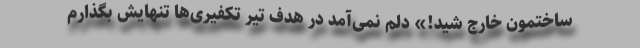
ساختمون خارج شید!» دلم نمی‌آمد در هدف تیر تکفیری‌ها تنهایش بگذارم